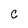
Character: c